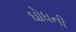
ઘોધની